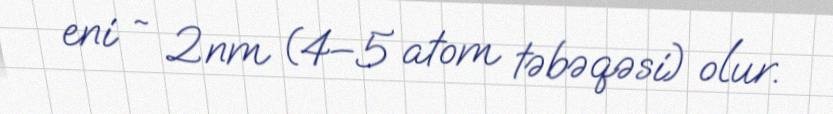
eni ~ 2nm (4–5 atom təbəqəsi) olur.